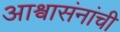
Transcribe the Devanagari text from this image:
आश्वासंनांची